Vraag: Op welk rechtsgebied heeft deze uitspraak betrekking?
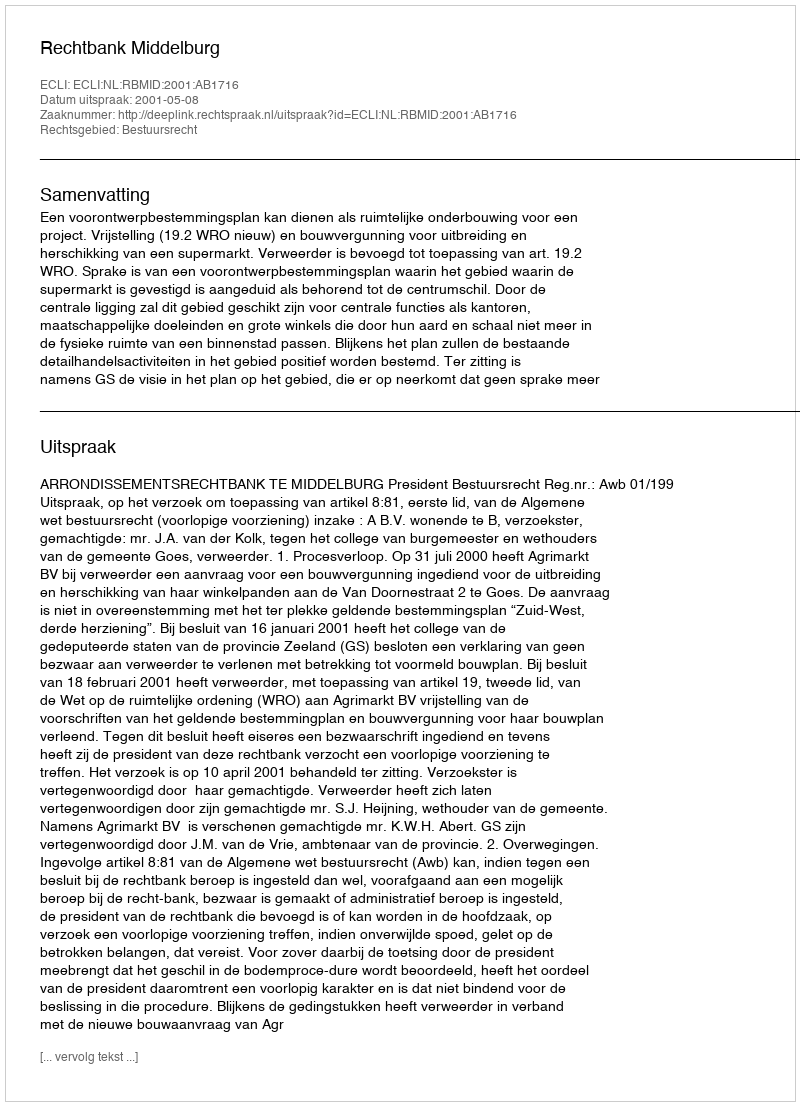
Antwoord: Bestuursrecht